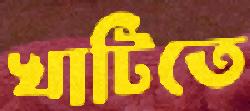
খাটিতে